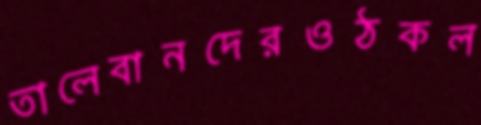
তালেবানদেরওঠকল